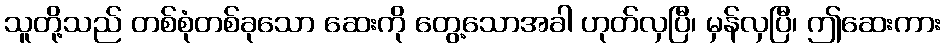
သူတို့သည် တစ်စုံတစ်ခုသော ဆေးကို တွေ့သောအခါ ဟုတ်လှပြီ၊ မှန်လှပြီ၊ ဤဆေးကား